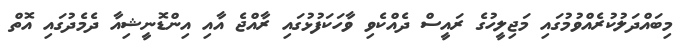
މިބައްދަލުކުރެއްވުމުގައި މަޖިލީހުގެ ރައީސް ދެއްކެވި ވާހަކަފުޅުގައި ރާއްޖެ އާއި އިންޑޮނީޝިއާ ދެމެދުގައި އޮތް